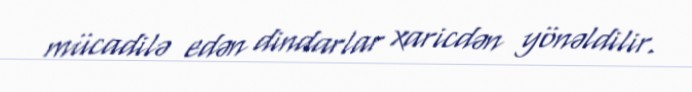
mücadilə edən dindarlar xaricdən yönəldilir.